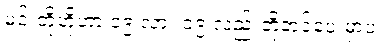
မင်းတို့ဟိုဟာ ၁၉ လား ၁၉ လည်းတို့တင်ပေးမှာပဲ။